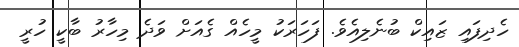
ހެދިފައި ޒައިކް ބުނެލިއެވެ. ފަހަރަކު މީހެއް ގެއަށް ވަދެ މިހާރު ބާކީ ހުރީ